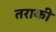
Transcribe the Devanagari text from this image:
तराकी